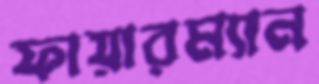
ফায়ারম্যান